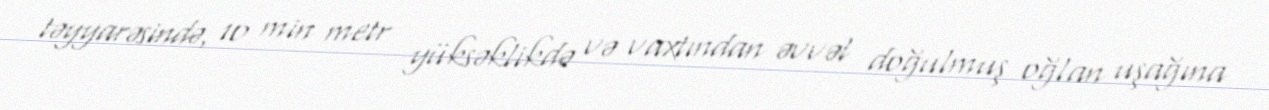
təyyarəsində, 10 min metr yüksəklikdə və vaxtından əvvəl doğulmuş oğlan uşağına